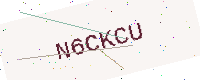
Text: N6CKCU